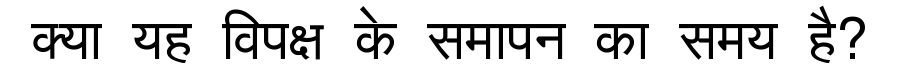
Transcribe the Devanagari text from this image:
क्या यह विपक्ष के समापन का समय है?